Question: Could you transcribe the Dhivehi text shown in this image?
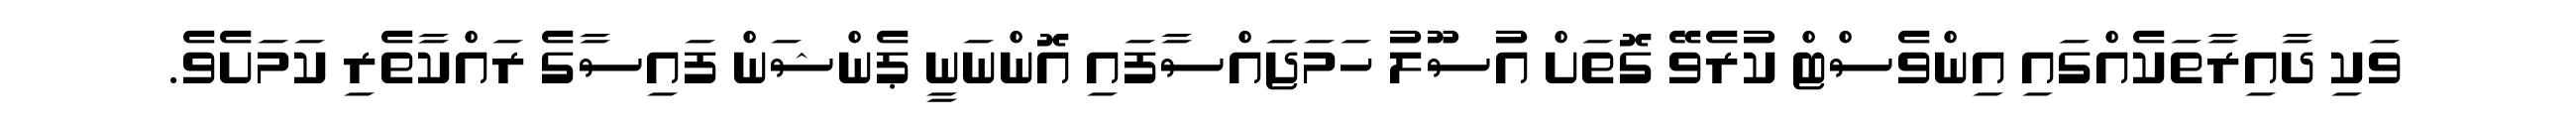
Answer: ވަކި ދާއިރާތަކެއްގައި އިންވެސްޓް ކުރެވޭ ގޮތަށް އުސޫލު ހަމަޖައްސާފައި އޮންނަނީ ޕެންޝަން ފައިސާގެ ރައްކާތެރި ކަމަށެވެ.